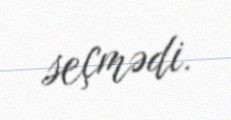
seçmədi.